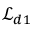
\mathcal { L } _ { d 1 }